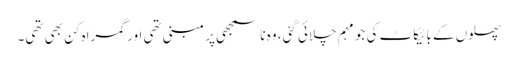
پھلوں کے بائیکاٹ کی جو مہم چلائی گئی، وہ ناسمجھی پر مبنی تھی اور گمراہ کن بھی تھی۔